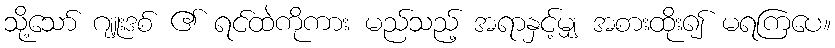
သို့သော် ဂျူးဒစ် ၏ ရင်ထဲကိုကား မည်သည့် အရာနှင့်မျှ အစားထိုး၍ မရကြပေ။